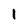
Character: 1